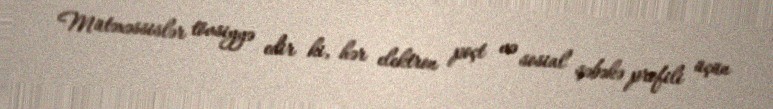
Mütəxəssislər tövsiyyə edir ki, hər elektron poçt və sosial şəbəkə profili üçün